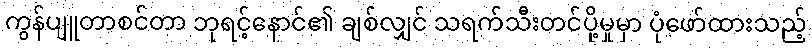
ကွန်ပျူတာစင်တာ ဘုရင့်နောင်၏ ချစ်လျှင် သရက်သီးတင်ပို့မှုမှာ ပုံဖော်ထားသည့်